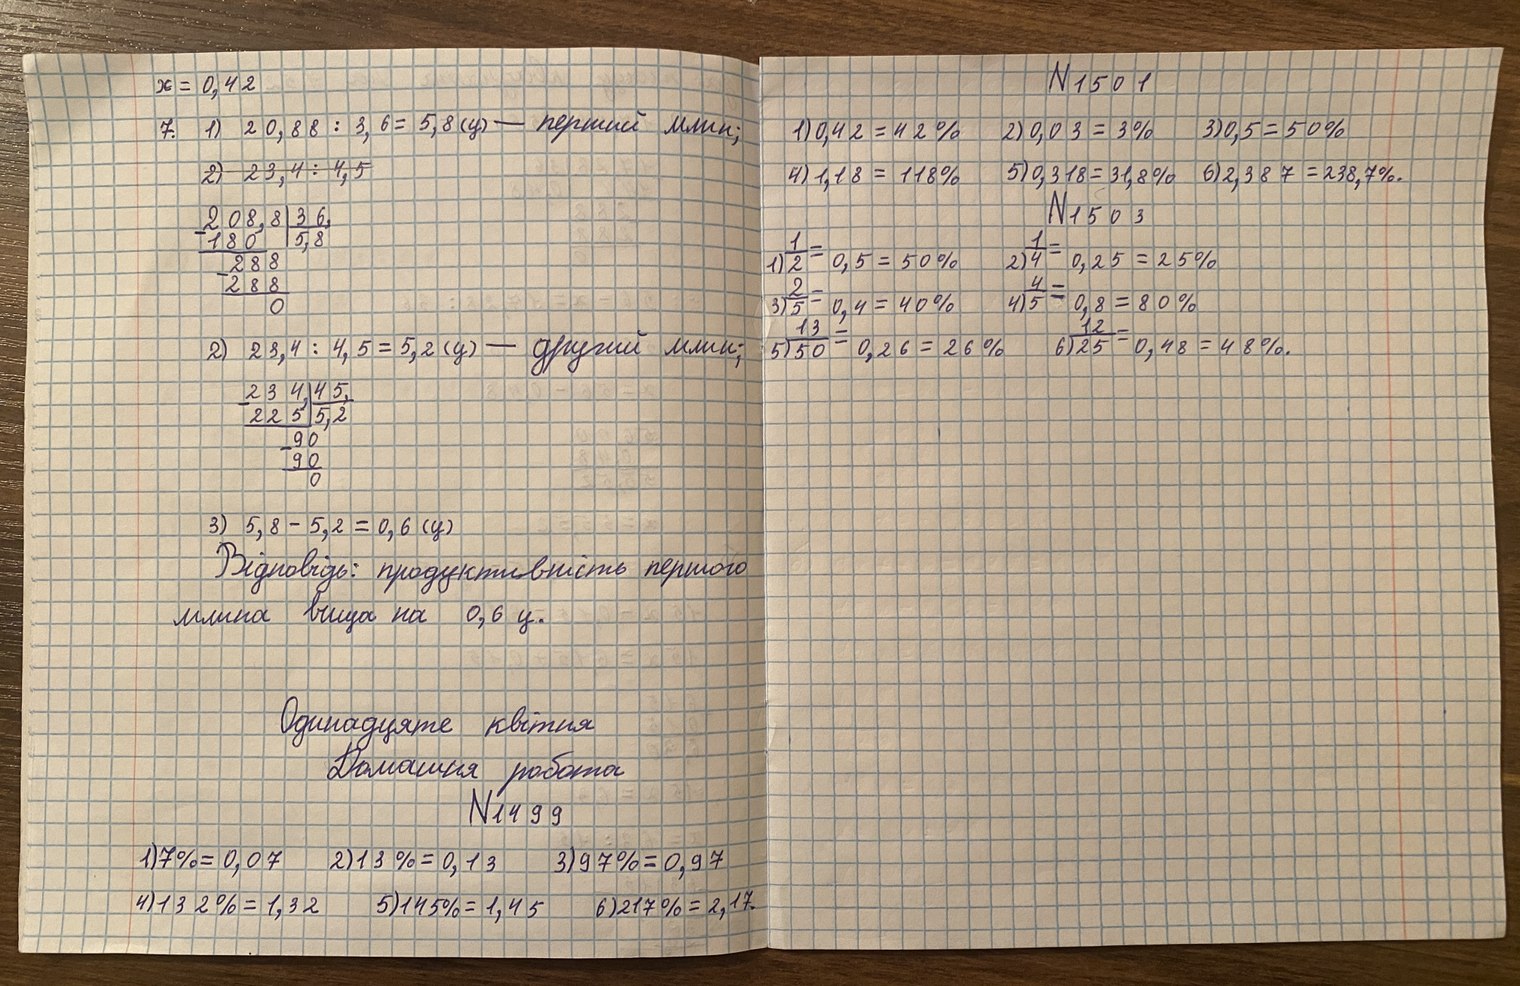
N1501
x = 0,42
2) 0,03 = 3%
3) 0,5 = 50%
7. 1) 20,88 : 3,6 = 5,8 (y) — перший млин;
1) 0,42 = 42%
6) 2,387 = 238,7%.
5) 0,318 = 31,8%
4) 1,18 = 118%
2) 23,4 : 4,5
N1503
208,8 | 3,6
180   | 5,8
   288
   288
   0
1) 1 / 2 = 0,5 = 50%
2) 1 / 4 = 0,25 = 25%
3) 2 / 5 = 0,4 = 40%
4) 4 / 5 = 0,8 = 80%
6) 12/25 = 0,48 = 48%
5) 13 / 50 = 0,26 = 26%
2) 23,4 : 4,5 = 5,2 (у) - другий млин;
234, | 45, |\n 225 | 5,2 |\n 90 |\n -90|\n 0|
3) 5,8 - 5,2 = 0,6 (у)
Відповідь: продуктивність першого
млина вища на 0,6 у.
Одинадцяте квітня
Домашня робота
N1499
2) 13% = 0,13
1) 7% = 0,07
3) 97% = 0,97
6) 217% = 2,17
5) 145% = 1,45
4) 132% = 1,32